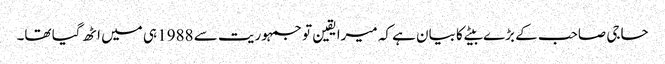
حاجی صاحب کے بڑے بیٹے کا بیان ہے کہ میرا یقین تو جمہوریت سے 1988 ہی میں اٹھ گیا تھا۔